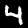
Digit: 4